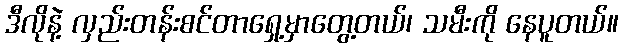
ဒီလိုနဲ့ လှည်းတန်းစင်တာရှေ့မှာတွေ့တယ်၊ သမီးကို နေပူတယ်။